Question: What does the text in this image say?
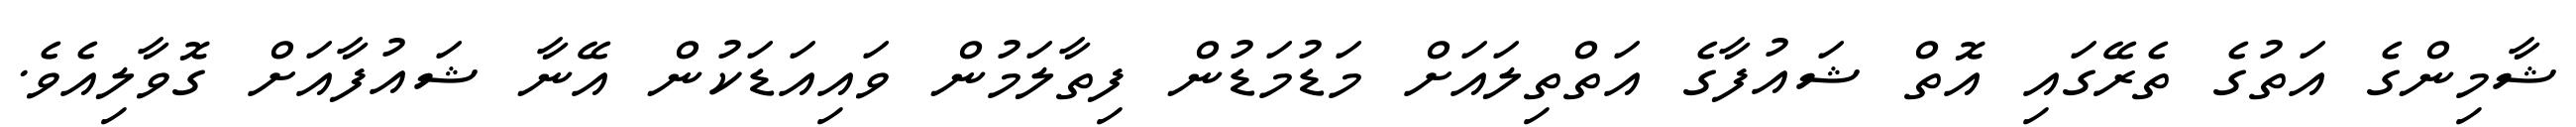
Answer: ޝާމިންގެ އަތުގެ ތެރޭގައި އޮތް ޝައުފާގެ އަތްތިލައަށް މަޑުމަޑުން ފިތާލަމުން ވައިއަޑަކުން އޭނާ ޝައުފާއަށް ގޮވާލިއެވެ.